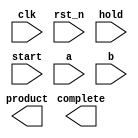
////////////////////////////////////////////////////////////////////////////////
//
//       This confidential and proprietary software may be used only
//     as authorized by a licensing agreement from Synopsys Inc.
//     In the event of publication, the following notice is applicable:
//
//                    (C) COPYRIGHT 2002 - 2016 SYNOPSYS INC.
//                           ALL RIGHTS RESERVED
//
//       The entire notice above must be reproduced on all authorized
//     copies.
//
//
// VERSION:   Verilog Simulation Model for DW_mult_seq
//
// DesignWare_version: 217cfdf6
// DesignWare_release: K-2015.06-DWBB_201506.5.2
//
////////////////////////////////////////////////////////////////////////////////

//------------------------------------------------------------------------------
//
//ABSTRACT:  Sequential Multiplier 
// Uses modeling functions from DW_Foundation.
//
//MODIFIED:
// 2/26/16 LMSU Updated to use blocking and non-blocking assigments in
//              the correct way
// 8/06/15 RJK Update to support VCS-NLP
// 2/06/15 RJK  Updated input change monitor for input_mode=0 configurations to better
//             inform designers of severity of protocol violations (STAR 9000851903)
// 5/20/14 RJK  Extended corruption of output until next start for configurations
//             with input_mode = 0 (STAR 9000741261)
// 9/25/12 RJK  Corrected data corruption detection to catch input changes
//             during the first cycle of calculation (related to STAR 9000505348)
// 1/5/12 RJK Change behavior when inputs change during calculation with
//          input_mode = 0 to corrupt output (STAR 9000505348)
//
//------------------------------------------------------------------------------

module DW_mult_seq ( clk, rst_n, hold, start, a,  b, complete, product);


// parameters 

  parameter  a_width     = 3; 
  parameter  b_width     = 3;
  parameter  tc_mode     = 0;
  parameter  num_cyc     = 3;
  parameter  rst_mode    = 0;
  parameter  input_mode  = 1;
  parameter  output_mode = 1;
  parameter  early_start = 0;
 
//-----------------------------------------------------------------------------

// ports 
  input clk, rst_n;
  input hold, start;
  input [a_width-1:0] a;
  input [b_width-1:0] b;

  output complete;
  output [a_width+b_width-1:0] product;

//-----------------------------------------------------------------------------
// synopsys translate_off

localparam signed [31:0] CYC_CONT = (input_mode==1 & output_mode==1 & early_start==0)? 3 :
                                    (input_mode==early_start & output_mode==0)? 1 : 2;

//-------------------Integers-----------------------
  integer count;
  integer next_count;
 

//-----------------------------------------------------------------------------
// wire and registers 

  wire clk, rst_n;
  wire hold, start;
  wire [a_width-1:0] a;
  wire [b_width-1:0] b;
  wire complete;
  wire [a_width+b_width-1:0] product;

  wire [a_width+b_width-1:0] temp_product;
  reg [a_width+b_width-1:0] ext_product;
  reg [a_width+b_width-1:0] next_product;
  wire [a_width+b_width-2:0] long_temp1,long_temp2;
  reg [a_width-1:0]   in1;
  reg [b_width-1:0]   in2;
  reg [a_width-1:0]   next_in1;
  reg [b_width-1:0]   next_in2;
 
  wire [a_width-1:0]   temp_a;
  wire [b_width-1:0]   temp_b;

  wire start_n;
  wire hold_n;
  reg ext_complete;
  reg next_complete;
 


//-----------------------------------------------------------------------------
  
  
 
  initial begin : parameter_check
    integer param_err_flg;

    param_err_flg = 0;
    
    
    if (b_width < 3) begin
      param_err_flg = 1;
      $display(
	"ERROR: %m :\n  Invalid value (%d) for parameter b_width (lower bound: 3)",
	b_width );
    end
    
    if ( (a_width < 3) || (a_width > b_width) ) begin
      param_err_flg = 1;
      $display(
	"ERROR: %m :\n  Invalid value (%d) for parameter a_width (legal range: 3 to b_width)",
	a_width );
    end
    
    if ( (num_cyc < 3) || (num_cyc > a_width) ) begin
      param_err_flg = 1;
      $display(
	"ERROR: %m :\n  Invalid value (%d) for parameter num_cyc (legal range: 3 to a_width)",
	num_cyc );
    end
    
    if ( (tc_mode < 0) || (tc_mode > 1) ) begin
      param_err_flg = 1;
      $display(
	"ERROR: %m :\n  Invalid value (%d) for parameter tc_mode (legal range: 0 to 1)",
	tc_mode );
    end
    
    if ( (rst_mode < 0) || (rst_mode > 1) ) begin
      param_err_flg = 1;
      $display(
	"ERROR: %m :\n  Invalid value (%d) for parameter rst_mode (legal range: 0 to 1)",
	rst_mode );
    end
    
    if ( (input_mode < 0) || (input_mode > 1) ) begin
      param_err_flg = 1;
      $display(
	"ERROR: %m :\n  Invalid value (%d) for parameter input_mode (legal range: 0 to 1)",
	input_mode );
    end
    
    if ( (output_mode < 0) || (output_mode > 1) ) begin
      param_err_flg = 1;
      $display(
	"ERROR: %m :\n  Invalid value (%d) for parameter output_mode (legal range: 0 to 1)",
	output_mode );
    end
    
    if ( (early_start < 0) || (early_start > 1) ) begin
      param_err_flg = 1;
      $display(
	"ERROR: %m :\n  Invalid value (%d) for parameter early_start (legal range: 0 to 1)",
	early_start );
    end
    
    if ( (input_mode===0 && early_start===1) ) begin
      param_err_flg = 1;
      $display(
	"ERROR: %m : Invalid parameter combination: when input_mode=0, early_start=1 is not possible" );
    end

  
    if ( param_err_flg == 1) begin
      $display(
        "%m :\n  Simulation aborted due to invalid parameter value(s)");
      $finish;
    end

  end // parameter_check 


//------------------------------------------------------------------------------

  assign start_n      = ~start;
  assign complete     = ext_complete & start_n;

  assign temp_a       = (in1[a_width-1])? (~in1 + 1'b1) : in1;
  assign temp_b       = (in2[b_width-1])? (~in2 + 1'b1) : in2;
  assign long_temp1   = temp_a*temp_b;
  assign long_temp2   = ~(long_temp1 - 1'b1);
  assign temp_product = (tc_mode)? (((in1[a_width-1] ^ in2[b_width-1]) && (|long_temp1))?
                                {1'b1,long_temp2} : {1'b0,long_temp1}) : in1*in2;

// Begin combinational next state assignments
  always @ (start or hold or a or b or count or in1 or in2 or
            temp_product or ext_product or ext_complete) begin
    if (start === 1'b1) begin                     // Start operation
      next_in1      = a;
      next_in2      = b;
      next_count    = 0;
      next_complete = 1'b0;
      next_product  = {a_width+b_width{1'bX}};
    end else if (start === 1'b0) begin            // Normal operation
      if (hold === 1'b0) begin
        if (count >= (num_cyc+CYC_CONT-4)) begin
          next_in1      = in1;
          next_in2      = in2;
          next_count    = count; 
          next_complete = 1'b1;
          next_product  = temp_product;
        end else if (count === -1) begin
          next_in1      = {a_width{1'bX}};
          next_in2      = {b_width{1'bX}};
          next_count    = -1; 
          next_complete = 1'bX;
          next_product  = {a_width+b_width{1'bX}};
        end else begin
          next_in1      = in1;
          next_in2      = in2;
          next_count    = count+1; 
          next_complete = 1'b0;
          next_product  = {a_width+b_width{1'bX}};
        end
      end else if (hold === 1'b1) begin           // Hold operation
        next_in1      = in1;
        next_in2      = in2;
        next_count    = count; 
        next_complete = ext_complete;
        next_product  = ext_product;
      end else begin                              // hold == x
        next_in1      = {a_width{1'bX}};
        next_in2      = {b_width{1'bX}};
        next_count    = -1;
        next_complete = 1'bX;
        next_product  = {a_width+b_width{1'bX}};
      end
    end else begin                                // start == x
      next_in1      = {a_width{1'bX}};
      next_in2      = {b_width{1'bX}};
      next_count    = -1;
      next_complete = 1'bX;
      next_product  = {a_width+b_width{1'bX}};
    end
  end
// end combinational next state assignments

generate
  if (rst_mode == 0) begin : GEN_RM_EQ_0

  // Begin sequential assignments
    always @ ( posedge clk or negedge rst_n ) begin: ar_register_PROC
      if (rst_n === 1'b0) begin                   // initialize everything asyn reset
        count        <= 0;
        in1          <= 0;
        in2          <= 0;
        ext_product  <= 0;
        ext_complete <= 0;
      end else if (rst_n === 1'b1) begin          // rst_n == 1
        count        <= next_count;
        in1          <= next_in1;
        in2          <= next_in2;
        ext_product  <= next_product;
        ext_complete <= next_complete & start_n;
      end else begin                              // rst_n == X
        in1          <= {a_width{1'bX}};
        in2          <= {b_width{1'bX}};
        count        <= -1;
        ext_product  <= {a_width+b_width{1'bX}};
        ext_complete <= 1'bX;
      end 
   end // ar_register_PROC

  end else  begin : GEN_RM_NE_0

  // Begin sequential assignments
    always @ ( posedge clk ) begin: sr_register_PROC 
      if (rst_n === 1'b0) begin                   // initialize everything asyn reset
        count        <= 0;
        in1          <= 0;
        in2          <= 0;
        ext_product  <= 0;
        ext_complete <= 0;
      end else if (rst_n === 1'b1) begin          // rst_n == 1
        count        <= next_count;
        in1          <= next_in1;
        in2          <= next_in2;
        ext_product  <= next_product;
        ext_complete <= next_complete & start_n;
      end else begin                              // rst_n == X
        in1          <= {a_width{1'bX}};
        in2          <= {b_width{1'bX}};
        count        <= -1;
        ext_product  <= {a_width+b_width{1'bX}};
        ext_complete <= 1'bX;
      end 
   end // ar_register_PROC

  end
endgenerate

  wire corrupt_data;

generate
  if (input_mode == 0) begin : GEN_IM_EQ_0

    localparam [0:0] NO_OUT_REG = (output_mode == 0)? 1'b1 : 1'b0;
    reg [a_width-1:0] ina_hist;
    reg [b_width-1:0] inb_hist;
    wire next_corrupt_data;
    reg  corrupt_data_int;
    wire data_input_activity;
    reg  init_complete;
    wire next_alert1;
    integer change_count;

    assign next_alert1 = next_corrupt_data & rst_n & init_complete &
                                    ~start & ~complete;

    if (rst_mode == 0) begin : GEN_A_RM_EQ_0
      always @ (posedge clk or negedge rst_n) begin : ar_hist_regs_PROC
	if (rst_n === 1'b0) begin
	    ina_hist        <= a;
	    inb_hist        <= b;
	    change_count    <= 0;

	  init_complete   <= 1'b0;
	  corrupt_data_int <= 1'b0;
	end else begin
	  if ( rst_n === 1'b1) begin
	    if ((hold != 1'b1) || (start == 1'b1)) begin
	      ina_hist        <= a;
	      inb_hist        <= b;
	      change_count    <= (start == 1'b1)? 0 :
	                         (next_alert1 == 1'b1)? change_count + 1 : change_count;
	    end

	    init_complete   <= init_complete | start;
	    corrupt_data_int<= next_corrupt_data | (corrupt_data_int & ~start);
	  end else begin
	    ina_hist        <= {a_width{1'bx}};
	    inb_hist        <= {b_width{1'bx}};
	    change_count    <= -1;
	    init_complete   <= 1'bx;
	    corrupt_data_int <= 1'bX;
	  end
	end
      end
    end else begin : GEN_A_RM_NE_0
      always @ (posedge clk) begin : sr_hist_regs_PROC
	if (rst_n === 1'b0) begin
	    ina_hist        <= a;
	    inb_hist        <= b;
	    change_count    <= 0;
	  init_complete   <= 1'b0;
	  corrupt_data_int <= 1'b0;
	end else begin
	  if ( rst_n === 1'b1) begin
	    if ((hold != 1'b1) || (start == 1'b1)) begin
	      ina_hist        <= a;
	      inb_hist        <= b;
	      change_count    <= (start == 1'b1)? 0 :
	                         (next_alert1 == 1'b1)? change_count + 1 : change_count;
	    end

	    init_complete   <= init_complete | start;
	    corrupt_data_int<= next_corrupt_data | (corrupt_data_int & ~start);
	  end else begin
	    ina_hist        <= {a_width{1'bx}};
	    inb_hist        <= {b_width{1'bx}};
	    init_complete    <= 1'bx;
	    corrupt_data_int <= 1'bX;
	    change_count     <= -1;
	  end
	end
      end
    end // GEN_A_RM_NE_0

    assign data_input_activity =  (((a !== ina_hist)?1'b1:1'b0) |
				 ((b !== inb_hist)?1'b1:1'b0)) & rst_n;

    assign next_corrupt_data = (NO_OUT_REG | ~complete) &
                              (data_input_activity & ~start &
					~hold & init_complete);

`ifdef UPF_POWER_AWARE
  `protected
82O2++5,?FFcB-0WB=^+P9N6MO6O_MeEJ[LEVL;,5/TW.b>Z?^D\+)Y(Q(-_H+?E
)SBN?\M5SM/.SGH(^ZF2+B&aWO,6K]:AWbaG4[OIdCB/35RP&\4:?UTdM@SQ<V&>
^cGKEBI_U3NgcE+V:11UbM06D<7<da?&;C4E-FZ>a7>]bVEaYc,<9CN#&gWTZH4[
)[)GMbaIR37(0K=83_G^[SU5M3cU]3B?O_6PaINW9O?,b73V6e[7f+TdQ1DQ8#B.
NDgI1J4_ff/0S>\Tgb(E5g@#e0c6LVUa1e^,8#J_]b:(R0.a]2>K\=B2Y_N?0Af2
RAU,M2U.b:SW)]eD5:2Wed\G6AcR26dfdbCP(IAOO/YRONMNW4:c1A<M1\:D;+Ld
9C1PEQ<MSfXSFV9C?26)f1#@6-e7]JHRMXZ3+R8FYQ:&b[KDVe[_BXY-?(,NKC[>
4.E-U-S=[4JX;)5#?LM@:NTcQ9e1HGb4D+&A-/0)?g0N34Ma(46#.<\W0E7QL>P/
6F;L6=.QNLE<+R<2a:d#4FX(RaN;[#]:DdCZ=P@eK\\[eeU.egL09BU.@^]IQ=\I
XD?[b)gT;4GGBAQ/#f26?QQWTZ;RaKKH=98,?\LaU9_G^R4/,YbKbEKHf[J(F0@U
=8^1O7Y@2Hg;SP>7f,2-KZWIH&<@-\\.G(2Gc#J^LO,W#eY>(cBc#ISL(6dA+=P1
0G&K,B4CLE@Fg+]]eS7A7+F:I@aW[aO=L]3Q?U&L][8B:BZ??K,HdE\<]#173P]L
7W#8c?)d)74EWYBOeJf(#.P]@0VHFdbX7T0(\,?5I>RP2DNbLGRBS11&FFb9R;(:
V_+a_.9,DNMX:2IgCd_gM9d17N>QCE0UG3XH.]13\T.^24RN4Wf5O/S.RT;eUL4:
=9g6JNI@GN^3I&Y/;H+B^:H[VaB_Ie3EF\BeS57U8)d53[?@?6Y&3MAXKYHbTS(=
X4H<4M/2V_O&YO,&>>feTB;8QMU@HI85SV(?]L@6B3CQUM@;TJ)T_PYN\QC<DMd,
\&1P(;B[:9@/[4-^;&H2V>8+;I?FSL-E(-bEK[/_(+^ER)H3\cY[9:(&)G/Z_SW;
,XO47dA/]97ITR/>-@UBT[)5X5\Bb]gGQ4gg7EQFK9a.ANTP=6?081D)1[fAX&Da
@_eIFV>OR5]&[:LfT;dIbR5.?bI90IK=/S=\PB^)S>WXPA##@Z]F#B5W0&MXRGYf
2-D>#^#3G;+E/W5OG(1K58>;N5DA6:/OY);JK4fX/3FG=C^W.aQ(dF(U8#2P4e&I
;08E3SaB[fVR=0==gO[J-/fC4X7=a^9(+@\^K-B^dea=HX4>5FW\H]DD8N._,3\D
VD^/4.TW&a<2aa0?M&XO\:<58G?Wg9I+HGC;@fg.D6A-d61U9D(Q)^>O8-//4Z]^
QAOFbK:P,Ka?2L2g,<dJ0R[,(YVLVWddQYbC5T1,PAe9Y\X>FK_2N;QKb\W9c;[H
COA]+g)16T>EK;a=9G7>80;J,H?5NGH;FT^gH,.GRO2g]+IFN\gaccQ:Y@+/T?G>
F_gbD^_a.T=cJ[Ec4fZPIY#_EF62:+B7?BOS[+&Cg1@bG;e[KOf-+1;([T>382CW
94,[):>B#M/B^TH3Z<?_>DXG&C7bZ=d?A&X491S:)^Y>][XBAgX67-Y#KB45/LSV
#ecX_H\:V5F:?>]6f,[JE&8:cPdFH.XZLgD>FXV0^f92ObK?a:0\aB\a_\YaFR;P
,]Xf;SN00/b/VcQ@AK1)2&N?0O#:6F;H[,dVE4Jc]e7JAb&8EMB>H7Z3CVgPERUQ
,>(@O70[,64BR,WUBV?c2#WIP->8\7e,2/^b1-DZJ,LdNdUYcU+f#Y+9@@_2Z-_^
PE&MHa#W?VOJD5bKB&?=N.1H@g\.U33&c^TTag.^?Bb@RR]T+8+O3TR,KH;#8(1W
7EB_CfU:aG5U0]6[OG^[+ZQ6g25ScINH4P;,IHZB?9f-V^]I#;C+IS=\A78)Bd=5
]6<_W;3/B#^f#JT[Q7d.L]Ff.@7b@T(05-GO#HFRaP;dLbCbK+a>A]\Zb3B3F8^S
#KT,ZHEGHPaHJ\a+:B#?WG[1PRET>e0:+H9\#MWIX7881YdX.;7g^<MXEVd,bK3-
HA>XJ\PJZV:Y.2T-<P+@;C#90N#c913<a6d3U/T6D>G>D8IQXMEEW5-^SN54(]YI
bWcKHg>J7fL#;g)2I/&cT^EI,Tcg1]M-+E4-:S++IY5V#BZ,T8RQK_cf,1g]XCfE
E\c,CD>ABD>B;,UBL8X?Y#DLR(db3N3,N8[F=BfcE@W9(ZX6\&F#,^90P2VZHW/[
@YV@ERY]:1AI^K-USbB<?d)7F^-cF(EN>5:P23Y)XdW7GV7#+;1&\d90M$
`endprotected

`else
    always @ (posedge clk) begin : corrupt_alert_PROC
      integer updated_count;

      updated_count = change_count;

      if (next_alert1 == 1'b1) begin
        $display("## Warning from %m: DW_mult_seq operand input change near %0d will cause corrupted results if operation is allowed to complete.", $time);
	updated_count = updated_count + 1;
      end

      if (((rst_n & init_complete & ~start & ~complete & next_complete) == 1'b1) &&
          (updated_count > 0)) begin
	$display(" ");
	$display("############################################################");
	$display("############################################################");
	$display("##");
	$display("## Error!! : from %m");
	$display("##");
	$display("##    This instance of DW_mult_seq has encountered %0d change(s)", updated_count);
	$display("##    on operand input(s) after starting the calculation.");
	$display("##    The instance is configured with no input register.");
	$display("##    So, the result of the operation was corrupted.  This");
	$display("##    message is generated at the point of completion of");
	$display("##    the operation (at time %0d), separate warning(s) were", $time );
	$display("##    generated earlier during calculation.");
	$display("##");
	$display("############################################################");
	$display("############################################################");
	$display(" ");
      end
    end
`endif

    assign corrupt_data = corrupt_data_int;

  if (output_mode == 0) begin : GEN_OM_EQ_0
    reg  alert2_issued;
    wire next_alert2;

    assign next_alert2 = next_corrupt_data & rst_n & init_complete &
                                     ~start & complete & ~alert2_issued;

`ifdef UPF_POWER_AWARE
  `protected
P66<U8Y-b9>3?XbFd[gCG+ZW?c0C0\?4b\>9XRAOT/?3GDV4,-^J/)J<G&<<YC@.
IVW]TBKf8+ZNT)/^SS03K6RPaZ<D8dFa+LRLAYCPBW3W37-bDF)_E?dNUcQ[L(;d
EKGN@Q@??Cd56e0G-)?123IM1WJFK-RSP:#PP&eEcE1SPXdJbYAUcfc.82P@egd0
ITZWVPaR;g&1PK__#^;2PKFM-W,X]9Z]90g1##B8Lgb_U:d@WE0:a3U2g=]8=f_\
JEfU:@-YF&\(Se]W9^\\COJF=8EE6I<<ONW/]-7AVE7WK[HN.(TN33];4W0997LI
MS?gD;?gN?Da.dC9JWEYa,J+/&:YbaM@A7;=??0-fT&GOGEW;Qd+T:?R24+0A\?/
0^7beBCLDD2_:48@Lb+ZBB]_OL5-/;&cf()=9f):d7.]9gD1:-4V225^[/M^Z>f5
&3(K?OSd&OPESbgMg(e6Kd3gVXDIS^Z[)FWe73<[e/4>GOY-;YS(2N@NJ1IJ2;SAU$
`endprotected

`else
    always @ (posedge clk) begin : corrupt_alert2_PROC
      if (next_alert2 == 1'b1) begin
        $display( "## Warning from %m: DW_mult_seq operand input change near %0d causes output to no longer retain result of previous operation.", $time);
      end
    end
`endif

    if (rst_mode == 0) begin : GEN_AI_REG_AR
      always @ (posedge clk or negedge rst_n) begin : ar_alrt2_reg_PROC
        if (rst_n == 1'b0) alert2_issued <= 1'b0;

	  else alert2_issued <= ~start & (alert2_issued | next_alert2);
      end
    end else begin : GEN_AI_REG_SR
      always @ (posedge clk) begin : sr_alrt2_reg_PROC
        if (rst_n == 1'b0) alert2_issued <= 1'b0;

	  else alert2_issued <= ~start & (alert2_issued | next_alert2);
      end
    end

  end  // GEN_OM_EQ_0

  // GEN_IM_EQ_0
  end else begin : GEN_IM_NE_0
    assign corrupt_data = 1'b0;
  end // GEN_IM_NE_0
endgenerate

  assign product      = ((((input_mode==0)&&(output_mode==0)) || (early_start == 1)) && start == 1'b1) ?
			  {a_width+b_width{1'bX}} :
                          (corrupt_data === 1'b0)? ext_product : {a_width+b_width{1'bX}};


 
  always @ (clk) begin : P_monitor_clk 
    if ( (clk !== 1'b0) && (clk !== 1'b1) && ($time > 0) )
      $display( "WARNING: %m :\n  at time = %t, detected unknown value, %b, on clk input.",
                $time, clk );
    end // P_monitor_clk 
// synopsys translate_on

endmodule